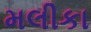
મલીકા